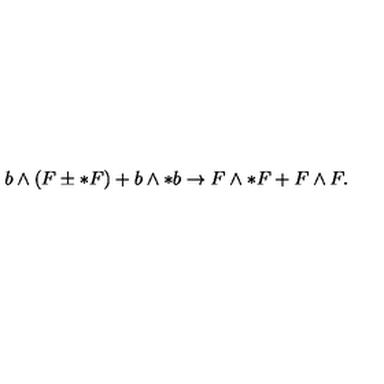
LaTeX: b \wedge ( F \pm * F ) + b \wedge * b \rightarrow F \wedge * F + F \wedge F .